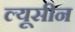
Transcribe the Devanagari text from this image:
ल्यूसीन